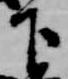
下